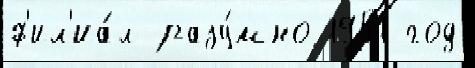
ф'ил'иа́л разу́мно 1951 год